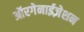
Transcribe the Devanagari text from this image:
ऑरगेनाईज़ेशन